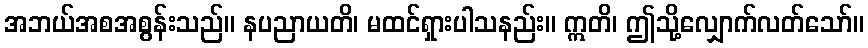
အဘယ်အစအစွန်းသည်။ နပညာယတိ၊ မထင်ရှားပါသနည်း။ ဣတိ၊ ဤသို့လျှောက်လတ်သော်။